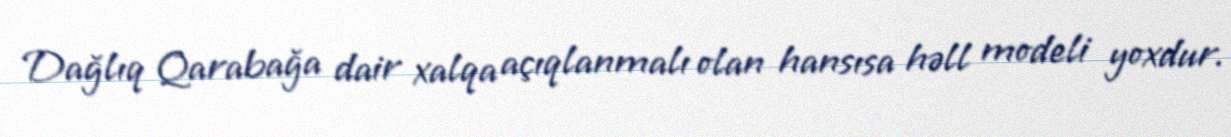
Dağlıq Qarabağa dair xalqa açıqlanmalı olan hansısa həll modeli yoxdur.